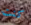
كنت